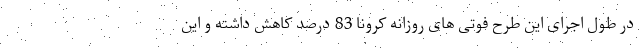
در طول اجرای این طرح فوتی های روزانه کرونا 83 درصد کاهش داشته و این